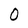
Character: 0